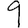
Digit: 9